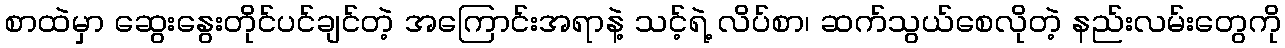
စာထဲမှာ ဆွေးနွေးတိုင်ပင်ချင်တဲ့ အကြောင်းအရာနဲ့ သင့်ရဲ့ လိပ်စာ၊ ဆက်သွယ်စေလိုတဲ့ နည်းလမ်းတွေကို